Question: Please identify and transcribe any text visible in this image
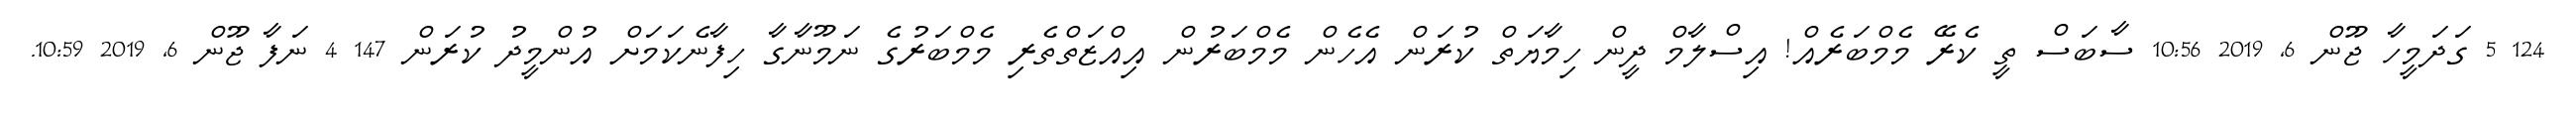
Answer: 124 5 ގަދަމީހާ ޖޫން 6, 2019 10:56 ސާބަސް ތީ ކެރޭ މެމްބަރެއް! އިސްލާމް ދީން ހިމާޔަތް ކުރަން އެހެން މެމްބަރުން އިއްޒަތްތެރި މެމްބަރުގެ ނަމޫނާގާ ހިފާނެކަމަށް އުންމީދު ކުރަން 147 4 ނަފާ ޖޫން 6, 2019 10:59.